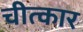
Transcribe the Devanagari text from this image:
चीत्‍कार